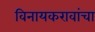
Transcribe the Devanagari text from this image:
विनायकरावांचा